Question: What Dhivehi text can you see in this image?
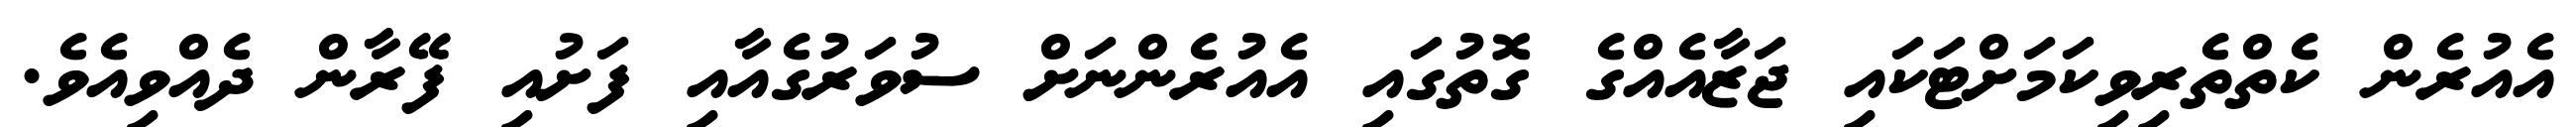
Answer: އެއުރެން ކެތްތެރިވިކަމަށްޓަކައި ޖަޒާއެއްގެ ގޮތުގައި އެއުރެންނަށް ސުވަރުގެއާއި ފަށުއި ފޭރާން ދެއްވިއެވެ.